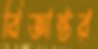
বিজ্ঞান্তর